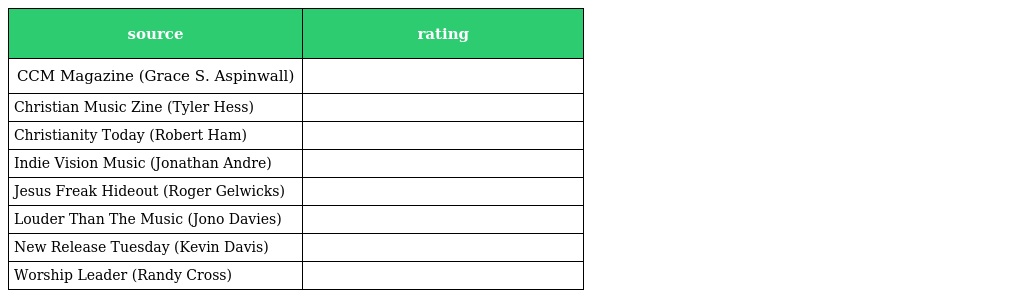
| source | rating |
 | --- | --- |
 | CCM Magazine (Grace S. Aspinwall) |  |
 | Christian Music Zine (Tyler Hess) |  |
 | Christianity Today (Robert Ham) |  |
 | Indie Vision Music (Jonathan Andre) |  |
 | Jesus Freak Hideout (Roger Gelwicks) |  |
 | Louder Than The Music (Jono Davies) |  |
 | New Release Tuesday (Kevin Davis) |  |
 | Worship Leader (Randy Cross) |  |